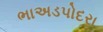
ભાઅડપોદરા